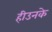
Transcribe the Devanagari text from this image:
हीउनके